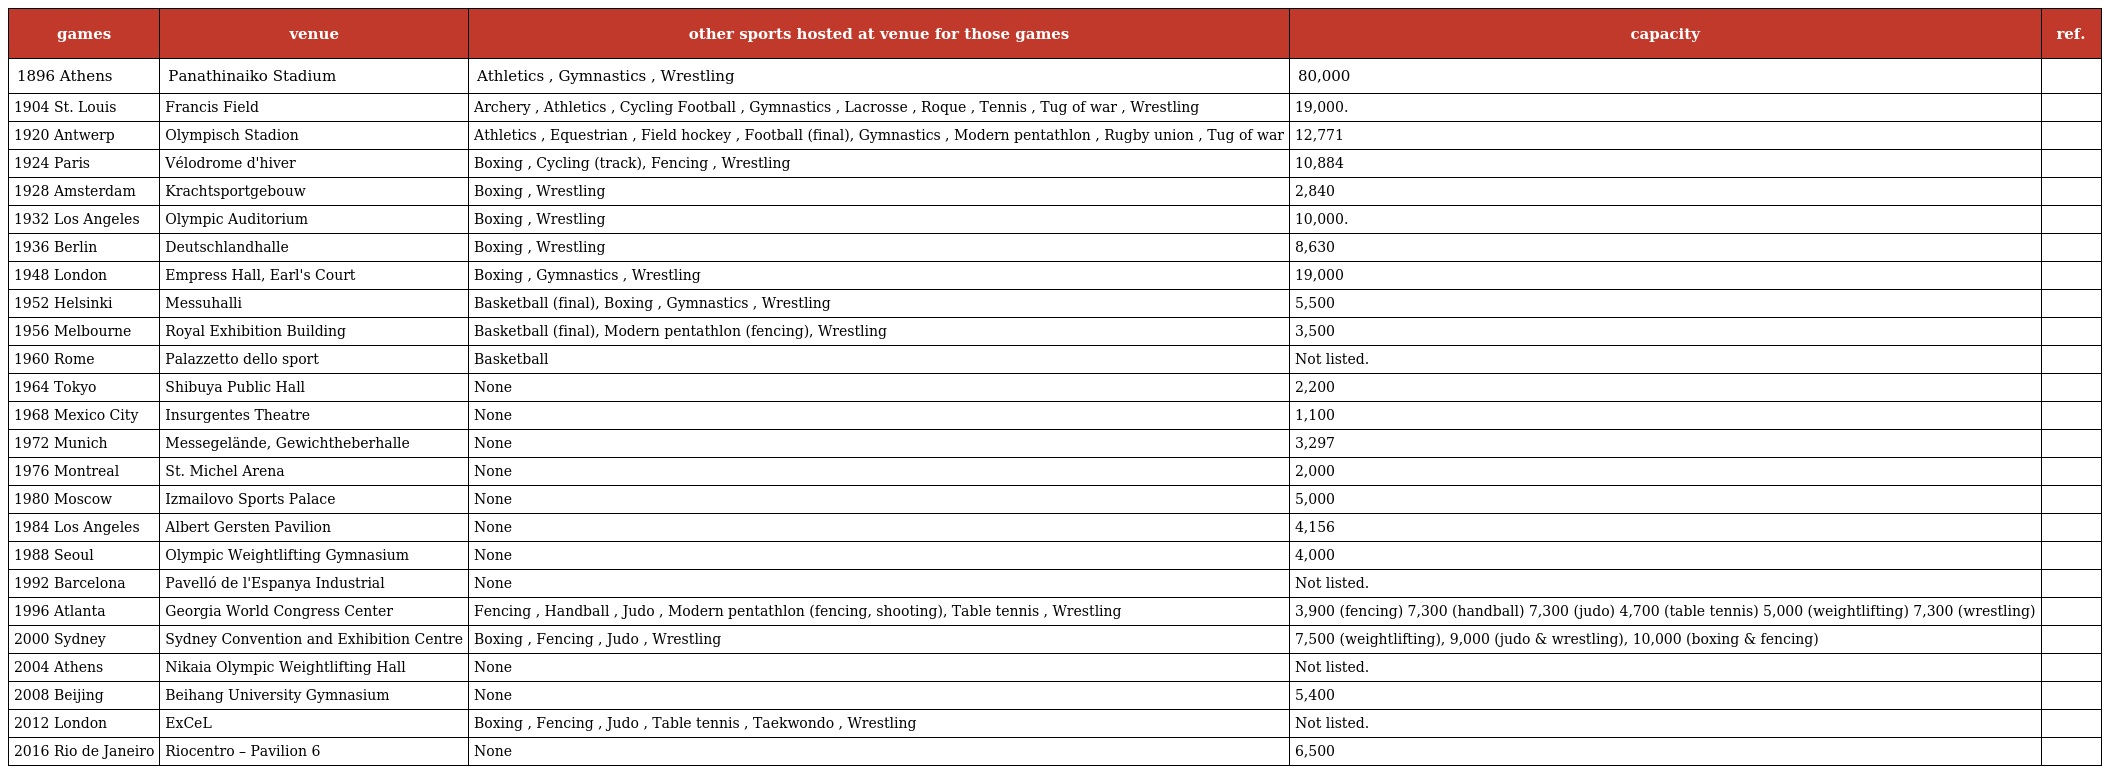
| games | venue | other sports hosted at venue for those games | capacity | ref. |
 | --- | --- | --- | --- | --- |
 | 1896 Athens | Panathinaiko Stadium | Athletics , Gymnastics , Wrestling | 80,000 |  |
 | 1904 St. Louis | Francis Field | Archery , Athletics , Cycling Football , Gymnastics , Lacrosse , Roque , Tennis , Tug of war , Wrestling | 19,000. |  |
 | 1920 Antwerp | Olympisch Stadion | Athletics , Equestrian , Field hockey , Football (final), Gymnastics , Modern pentathlon , Rugby union , Tug of war | 12,771 |  |
 | 1924 Paris | Vélodrome d'hiver | Boxing , Cycling (track), Fencing , Wrestling | 10,884 |  |
 | 1928 Amsterdam | Krachtsportgebouw | Boxing , Wrestling | 2,840 |  |
 | 1932 Los Angeles | Olympic Auditorium | Boxing , Wrestling | 10,000. |  |
 | 1936 Berlin | Deutschlandhalle | Boxing , Wrestling | 8,630 |  |
 | 1948 London | Empress Hall, Earl's Court | Boxing , Gymnastics , Wrestling | 19,000 |  |
 | 1952 Helsinki | Messuhalli | Basketball (final), Boxing , Gymnastics , Wrestling | 5,500 |  |
 | 1956 Melbourne | Royal Exhibition Building | Basketball (final), Modern pentathlon (fencing), Wrestling | 3,500 |  |
 | 1960 Rome | Palazzetto dello sport | Basketball | Not listed. |  |
 | 1964 Tokyo | Shibuya Public Hall | None | 2,200 |  |
 | 1968 Mexico City | Insurgentes Theatre | None | 1,100 |  |
 | 1972 Munich | Messegelände, Gewichtheberhalle | None | 3,297 |  |
 | 1976 Montreal | St. Michel Arena | None | 2,000 |  |
 | 1980 Moscow | Izmailovo Sports Palace | None | 5,000 |  |
 | 1984 Los Angeles | Albert Gersten Pavilion | None | 4,156 |  |
 | 1988 Seoul | Olympic Weightlifting Gymnasium | None | 4,000 |  |
 | 1992 Barcelona | Pavelló de l'Espanya Industrial | None | Not listed. |  |
 | 1996 Atlanta | Georgia World Congress Center | Fencing , Handball , Judo , Modern pentathlon (fencing, shooting), Table tennis , Wrestling | 3,900 (fencing) 7,300 (handball) 7,300 (judo) 4,700 (table tennis) 5,000 (weightlifting) 7,300 (wrestling) |  |
 | 2000 Sydney | Sydney Convention and Exhibition Centre | Boxing , Fencing , Judo , Wrestling | 7,500 (weightlifting), 9,000 (judo & wrestling), 10,000 (boxing & fencing) |  |
 | 2004 Athens | Nikaia Olympic Weightlifting Hall | None | Not listed. |  |
 | 2008 Beijing | Beihang University Gymnasium | None | 5,400 |  |
 | 2012 London | ExCeL | Boxing , Fencing , Judo , Table tennis , Taekwondo , Wrestling | Not listed. |  |
 | 2016 Rio de Janeiro | Riocentro – Pavilion 6 | None | 6,500 |  |